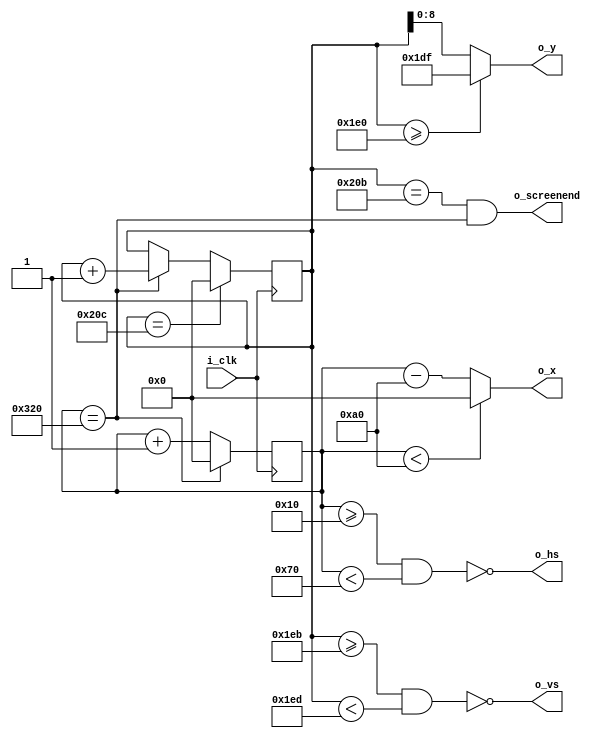
//Modulo VGA
module vga640x480(
    input wire i_clk,           // base clock
    output wire o_hs,           // horizontal sync
    output wire o_vs,           // vertical sync
    output wire o_screenend,    // high for one tick at the end of screen
    output wire [9:0] o_x,      // current pixel x position
    output wire [8:0] o_y       // current pixel y position
    );

    localparam HS_STA = 16;              // horizontal sync start
    localparam HS_END = 16 + 96;         // horizontal sync end
    localparam HA_STA = 16 + 96 + 48;    // horizontal active pixel start
    localparam VS_STA = 480 + 11;        // vertical sync start
    localparam VS_END = 480 + 11 + 2;    // vertical sync end
    localparam VA_END = 480;             // vertical active pixel end
    localparam LINE   = 800;             // complete line (pixels)
    localparam SCREEN = 524;             // complete screen (lines)

    reg [9:0] h_count = 0;  // line position
    reg [9:0] v_count = 0;  // screen position

    // generate sync signals (active low for 640x480)
    assign o_hs = ~((h_count >= HS_STA) & (h_count < HS_END));
    assign o_vs = ~((v_count >= VS_STA) & (v_count < VS_END));

    // keep x and y bound within the active pixels
    assign o_x = (h_count < HA_STA) ? 0 : (h_count - HA_STA);
    assign o_y = (v_count >= VA_END) ? (VA_END - 1) : (v_count);

    // blanking: high within the blanking period
    assign o_blanking = ((h_count < HA_STA) | (v_count > VA_END - 1));

    // active: high during active pixel drawing
    assign o_active = ~((h_count < HA_STA) | (v_count > VA_END - 1)); 

    //!Will be used as UPDATE signal for the display to update it's data 
    // screenend: high for one tick at the end of the screen
    assign o_screenend = ((v_count == SCREEN - 1) & (h_count == LINE));

    // animate: high for one tick at the end of the final active pixel line
    assign o_animate = ((v_count == VA_END - 1) & (h_count == LINE));

    always @ (posedge i_clk)
    begin
            if (h_count == LINE)  // end of line
                begin
                    h_count <= 0;
                    v_count <= v_count + 1;
                end
            else 
                h_count <= h_count + 1;

            if (v_count == SCREEN)  // end of screen
                v_count <= 0;
    end
endmodule